Civil Veterinary Department Bihar & Orissa reports 1929-36 - 1929-1936
Year: 1929
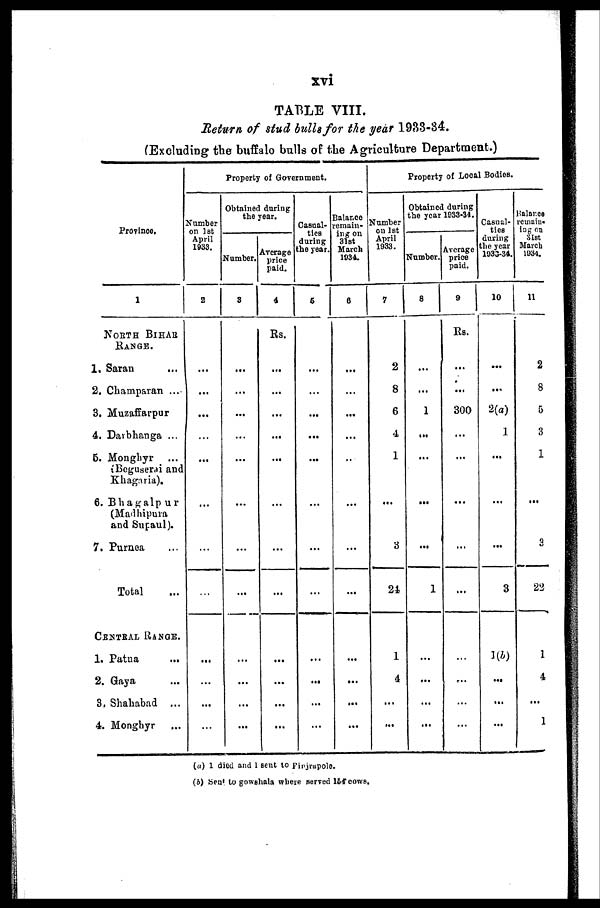
xvi
TABLE VIII.
Return of stud bulls for the year 1983-84.
(Excluding the buffalo bulls of the Agriculture Department.)
Province.
1
NORTH BIHAR
RANGE.
1. Saran ...
2. Champaran ...
3. Muzaffarpur
4. Darbhanga ...
5. Monghyr ...
Beguserai and
Khagaria).
6. Bhagalpur
(Madhipura
and Supaul).
7. Purnea ...
Total ...
CENTRAL RANGE.
1. Patna ...
2. Gaya ...
3. Shahabad ...
4. Monghyr ...
Property of Government.
Number
on 1st
April
1933.
2
...
...
...
...
...
...
...
...
...
...
...
...
Obtained during
the year.
Number.
3
...
...
...
...
...
...
...
...
...
...
...
...
Average
price
paid.
4
Rs.
...
...
...
...
...
...
...
...
...
...
...
...
Casual-
ties
during
the year.
6
...
...
...
...
...
...
...
...
...
...
...
...
Balance
remain-
ing on
31st
March
1934.
6
...
...
...
...
..
...
...
...
...
...
...
...
Property of Local Bodies.
Number
on 1st
April
1933.
7
2
8
6
4
1
...
3
24
1
4
...
...
Obtained during
the year 1033-34.
Number.
8
...
...
1
...
...
...
...
1
...
...
...
...
Average
price
paid.
9
RS.
...
...
300
...
...
...
...
...
...
...
...
...
Casual-
ties
during
the year
1933-34.
10
...
...
2(a)
1
...
...
...
3
1(b)
...
...
...
Balance
remain-
ing on
31st
March
1934.
11
2
8
5
3
1
...
3
22
1
4
...
1
(a) 1 died and 1 sent to Pinjrapole.
(6) Sent to gowshala where served 154 cows.